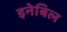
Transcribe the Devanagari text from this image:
इनेबिल